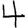
Digit: 4